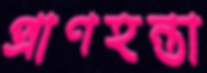
প্রাণহন্তা